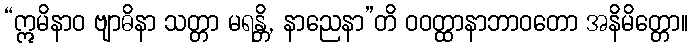
“ဣမိနာဝ ဗျာဓိနာ သတ္တာ မရန္တိ, နာညေနာ”တိ ဝဝတ္ထာနာဘာဝတော အနိမိတ္တော။